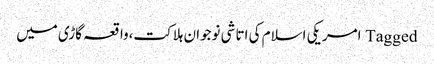
Tagged امریکی اسلام کی اتاشی نوجوان ہلاکت،واقعہ گاڑی میں